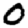
Digit: 0